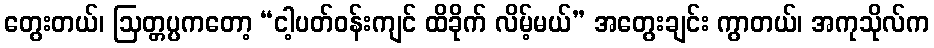
တွေးတယ်၊ ဩတ္တပ္ပကတော့ “ငါ့ပတ်ဝန်းကျင် ထိခိုက် လိမ့်မယ်” အတွေးချင်း ကွာတယ်၊ အကုသိုလ်က